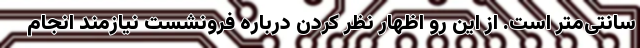
سانتی‌متر است. از این رو اظهار نظر کردن درباره فرونشست نیازمند انجام